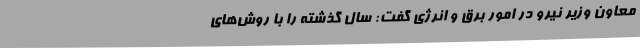
معاون وزیر نیرو در امور برق و انرژی گفت: سال گذشته را با روش‌های